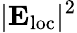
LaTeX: |{\mathbf E}_{\mathrm{loc}}|^{2}